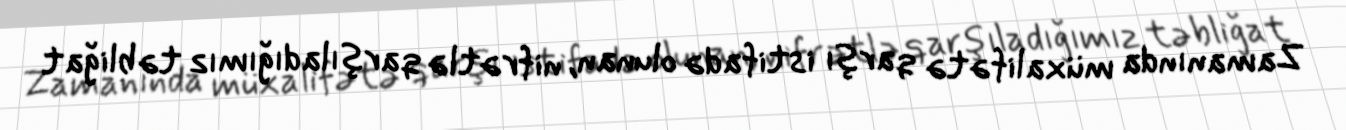
Zamanında müxalifətə qarşı istifadə olunan, nifrətlə qarşıladığımız təbliğat